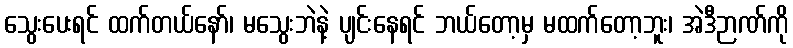
သွေးပေးရင် ထက်တယ်နော်၊ မသွေးဘဲနဲ့ ပျင်းနေရင် ဘယ်တော့မှ မထက်တော့ဘူး၊ အဲဒီဉာဏ်ကို